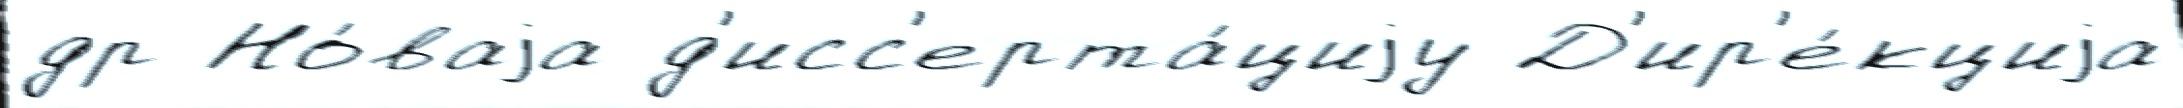
др Но́ваjа д'исс'ерта́циjу Д'ир'е́кциjа